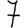
Digit: 7